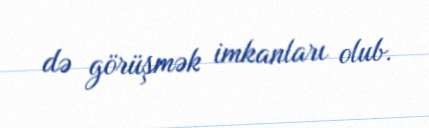
də görüşmək imkanları olub.